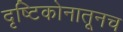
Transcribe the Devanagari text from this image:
दृष्टिकोनातूनच